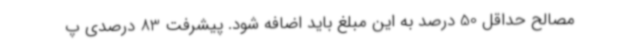
مصالح حداقل 50 درصد به این مبلغ باید اضافه شود. پیشرفت 83 درصدی پ